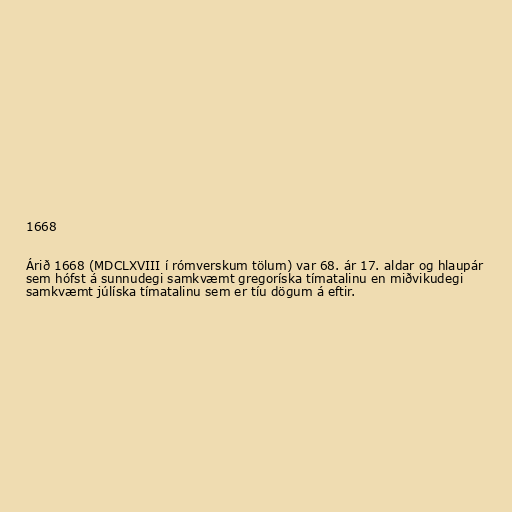
1668

Árið 1668 (MDCLXVIII í rómverskum tölum) var 68. ár 17. aldar og hlaupár
sem hófst á sunnudegi samkvæmt gregoríska tímatalinu en miðvikudegi
samkvæmt júlíska tímatalinu sem er tíu dögum á eftir.